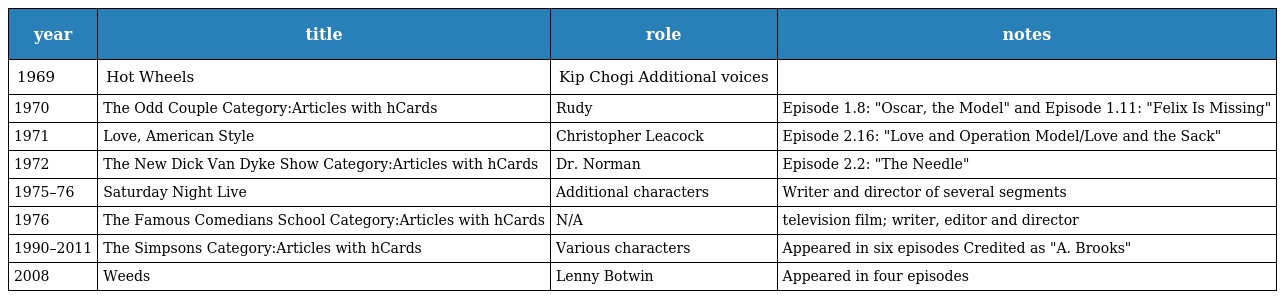
| year | title | role | notes |
 | --- | --- | --- | --- |
 | 1969 | Hot Wheels | Kip Chogi Additional voices |  |
 | 1970 | The Odd Couple Category:Articles with hCards | Rudy | Episode 1.8: "Oscar, the Model" and Episode 1.11: "Felix Is Missing" |
 | 1971 | Love, American Style | Christopher Leacock | Episode 2.16: "Love and Operation Model/Love and the Sack" |
 | 1972 | The New Dick Van Dyke Show Category:Articles with hCards | Dr. Norman | Episode 2.2: "The Needle" |
 | 1975–76 | Saturday Night Live | Additional characters | Writer and director of several segments |
 | 1976 | The Famous Comedians School Category:Articles with hCards | N/A | television film; writer, editor and director |
 | 1990–2011 | The Simpsons Category:Articles with hCards | Various characters | Appeared in six episodes Credited as "A. Brooks" |
 | 2008 | Weeds | Lenny Botwin | Appeared in four episodes |